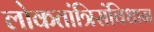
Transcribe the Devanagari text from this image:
लोकतांत्रिसंविधान